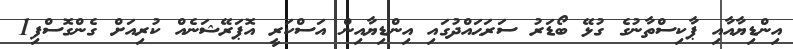
އިންޑިޔާއާއި ޕާކިސްތާނުގެ ގުޅޭ ބޯޑަރު ސަރަޙައްދުގައި އިންޑިޔާއިން އަސްކަރީ އޮޕަރޭޝަނެއް ކުރިއަށް ގެންގޮސްފި1